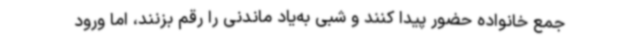
جمع خانواده حضور پیدا کنند و شبی به‌یاد ماندنی را رقم بزنند، اما ورود